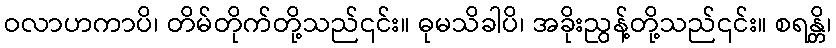
ဝလာဟကာပိ၊ တိမ်တိုက်တို့သည်၎င်း။ ဓုမသိခါပိ၊ အခိုးညွန့်တို့သည်၎င်း။ စရန္တိ၊